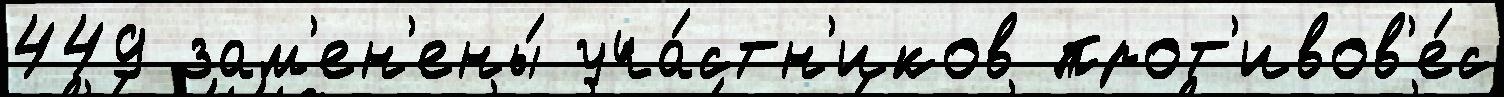
449 зам'ен'ены́ уча́стн'иков прот'ивов'е́с